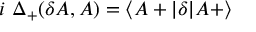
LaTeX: i \ \Delta _ { + } ( \delta A , A ) = \langle A + \vert \delta \vert A + \rangle